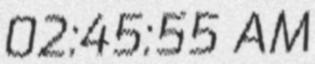
02:45:55 AM